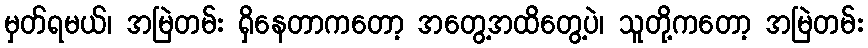
မှတ်ရမယ်၊ အမြဲတမ်း ရှိနေတာကတော့ အတွေ့အထိတွေ့ပဲ၊ သူတို့ကတော့ အမြဲတမ်း